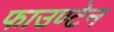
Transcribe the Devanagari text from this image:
फाउण्टेन